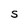
Character: S